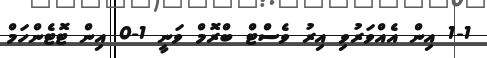
1-1 އިން އެއްވަރުވި އިރު ވެސްޓް ބްރޮމް ވަނީ 1-0 އިން ޓޮޓެންހަމް